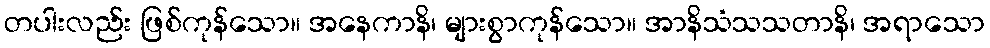
တပါးလည်း ဖြစ်ကုန်သော။ အနေကာနိ၊ များစွာကုန်သော။ အာနိသံသသတာနိ၊ အရာသော